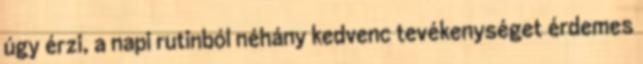
úgy érzi, a napi rutinból néhány kedvenc tevékenységet érdemes